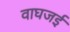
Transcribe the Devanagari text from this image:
वाघजई